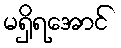
မရှိရအောင်